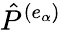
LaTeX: {\hat{P}}^{(e_{\alpha})}